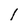
Character: I